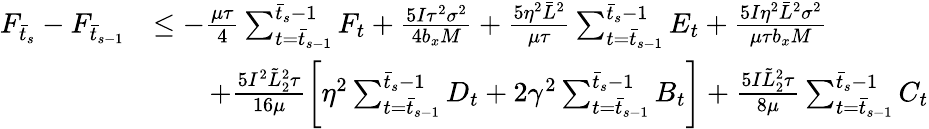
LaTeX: \begin{array}{rl}{F_{\bar{t}_{s}}-F_{\bar{t}_{s-1}}}&{\leq-\frac{\mu\tau}{4}\sum_{t=\bar{t}_{s-1}}^{\bar{t}_{s}-1}F_{t}+\frac{5I\tau^{2}\sigma^{2}}{4b_{x}M}+\frac{5\eta^{2}\bar{L}^{2}}{\mu\tau}\sum_{t=\bar{t}_{s-1}}^{\bar{t}_{s}-1}E_{t}+\frac{5I\eta^{2}\bar{L}^{2}\sigma^{2}}{\mu\tau b_{x}M}}\\ &{\qquad+\frac{5I^{2}\tilde{L}_{2}^{2}\tau}{16\mu}\bigg[\eta^{2}\sum_{t=\bar{t}_{s-1}}^{\bar{t}_{s}-1}D_{t}+2\gamma^{2}\sum_{t=\bar{t}_{s-1}}^{\bar{t}_{s}-1}B_{t}\bigg]+\frac{5I\tilde{L}_{2}^{2}\tau}{8\mu}\sum_{t=\bar{t}_{s-1}}^{\bar{t}_{s}-1}C_{t}}\end{array}